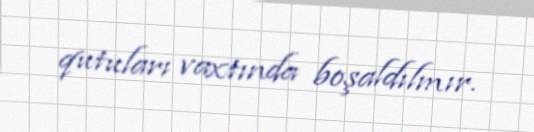
qutuları vaxtında boşaldılmır.